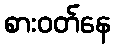
စားဝတ်နေ